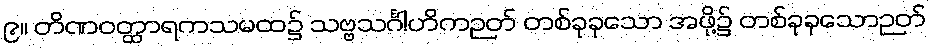
၉။ တိဏဝတ္ထာရကသမထ၌ သဗ္ဗသင်္ဂါဟိကဉတ် တစ်ခုခုသော အဖို့၌ တစ်ခုခုသောဉတ်